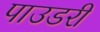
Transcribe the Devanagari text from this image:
पाउडरी